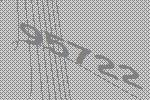
95722